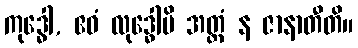
ကုဒ္ဓေါ, ဧဝံ လုဒ္ဓေါပိ အတ္ထံ န ဇာနာတီတိ။